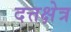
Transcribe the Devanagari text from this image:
दत्तक्षेत्र